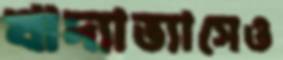
খাদ্যাভ্যাসেও